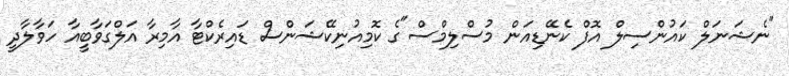
"ނެޝަނަލް ކައުންސިލް އޮފް ކެނޭޑިއަން މުސްލިމްސް"ގެ ކޮމިއުނިކޭޝަންސް ޑައިރެކްޓާ އާމިރާ އަލްގަވާބީއާ ހަވާލާދީ